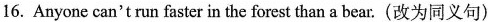
16. Anyone can't run faster in the forest than a bear.(改为同义句)